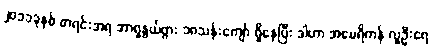
၂၀၁၁ခုနှစ် စာရင်းအရ အာရှနွယ်ဖွား ၁၈သန်းကျော် ရှိနေပြီး ဒါဟာ အမေရိကန် လူဦးရေ